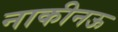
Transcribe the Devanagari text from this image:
नाकीनऊ